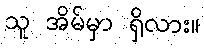
သူ အိမ်မှာ ရှိလား။